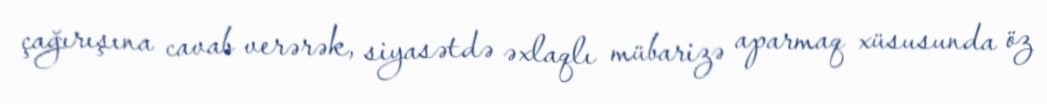
çağırışına cavab verərək, siyasətdə əxlaqlı mübarizə aparmaq xüsusunda öz